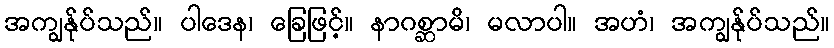
အကျွန်ုပ်သည်။ ပါဒေန၊ ခြေဖြင့်။ နာဂစ္ဆာမိ၊ မလာပါ။ အဟံ၊ အကျွန်ုပ်သည်။